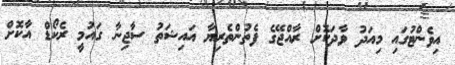
އިވެންޓުގައި މިއަދު ވާދަކޮށް ރާއްޖޭގެ ފެތުންތެރިޔާ އައިޝަތު ސާޖިނާ ގައުމީ ރެކޯޑް އާކޮށް